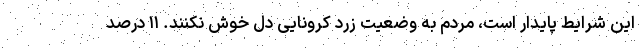
این شرایط پایدار است، مردم به وضعیت زرد کرونایی دل خوش نکنند. ۱۱ درصد